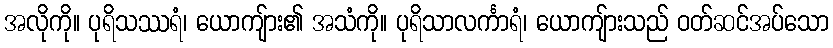
အလိုကို။ ပုရိသဿရံ၊ ယောကျ်ား၏ အသံကို။ ပုရိသာလင်္ကာရံ၊ ယောကျ်ားသည် ဝတ်ဆင်အပ်သော